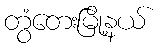
တွံတေးမြို့နယ်